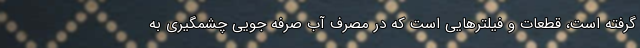
گرفته است، قطعات و فیلترهایی است که در مصرف آب صرفه جویی چشمگیری به